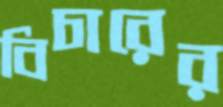
বিচারের